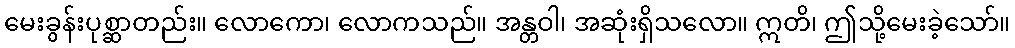
မေးခွန်းပုစ္ဆာတည်း။ လောကော၊ လောကသည်။ အန္တဝါ၊ အဆုံးရှိသလော။ ဣတိ၊ ဤသို့မေးခဲ့သော်။